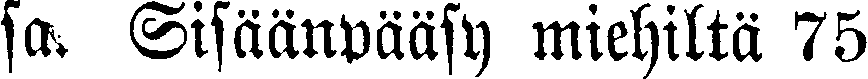
sa. Sisäänpääsy miehiltä 75